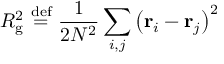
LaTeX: R _ { \mathrm { g } } ^ { 2 } \ { \stackrel { \mathrm { d e f } } { = } } \ { \frac { 1 } { 2 N ^ { 2 } } } \sum _ { i , j } \left( \mathbf { r } _ { i } - \mathbf { r } _ { j } \right) ^ { 2 }